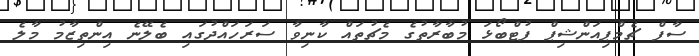
ސާފް ޗެމްޕިއަންޝިޕް ފުޓްބޯޅަ މުބާރާތުގެ މެޗުތައް ކާނިވާ ސަރަހައްދުގައި ބެލޭނެ އިންތިޒާމު މާލެ